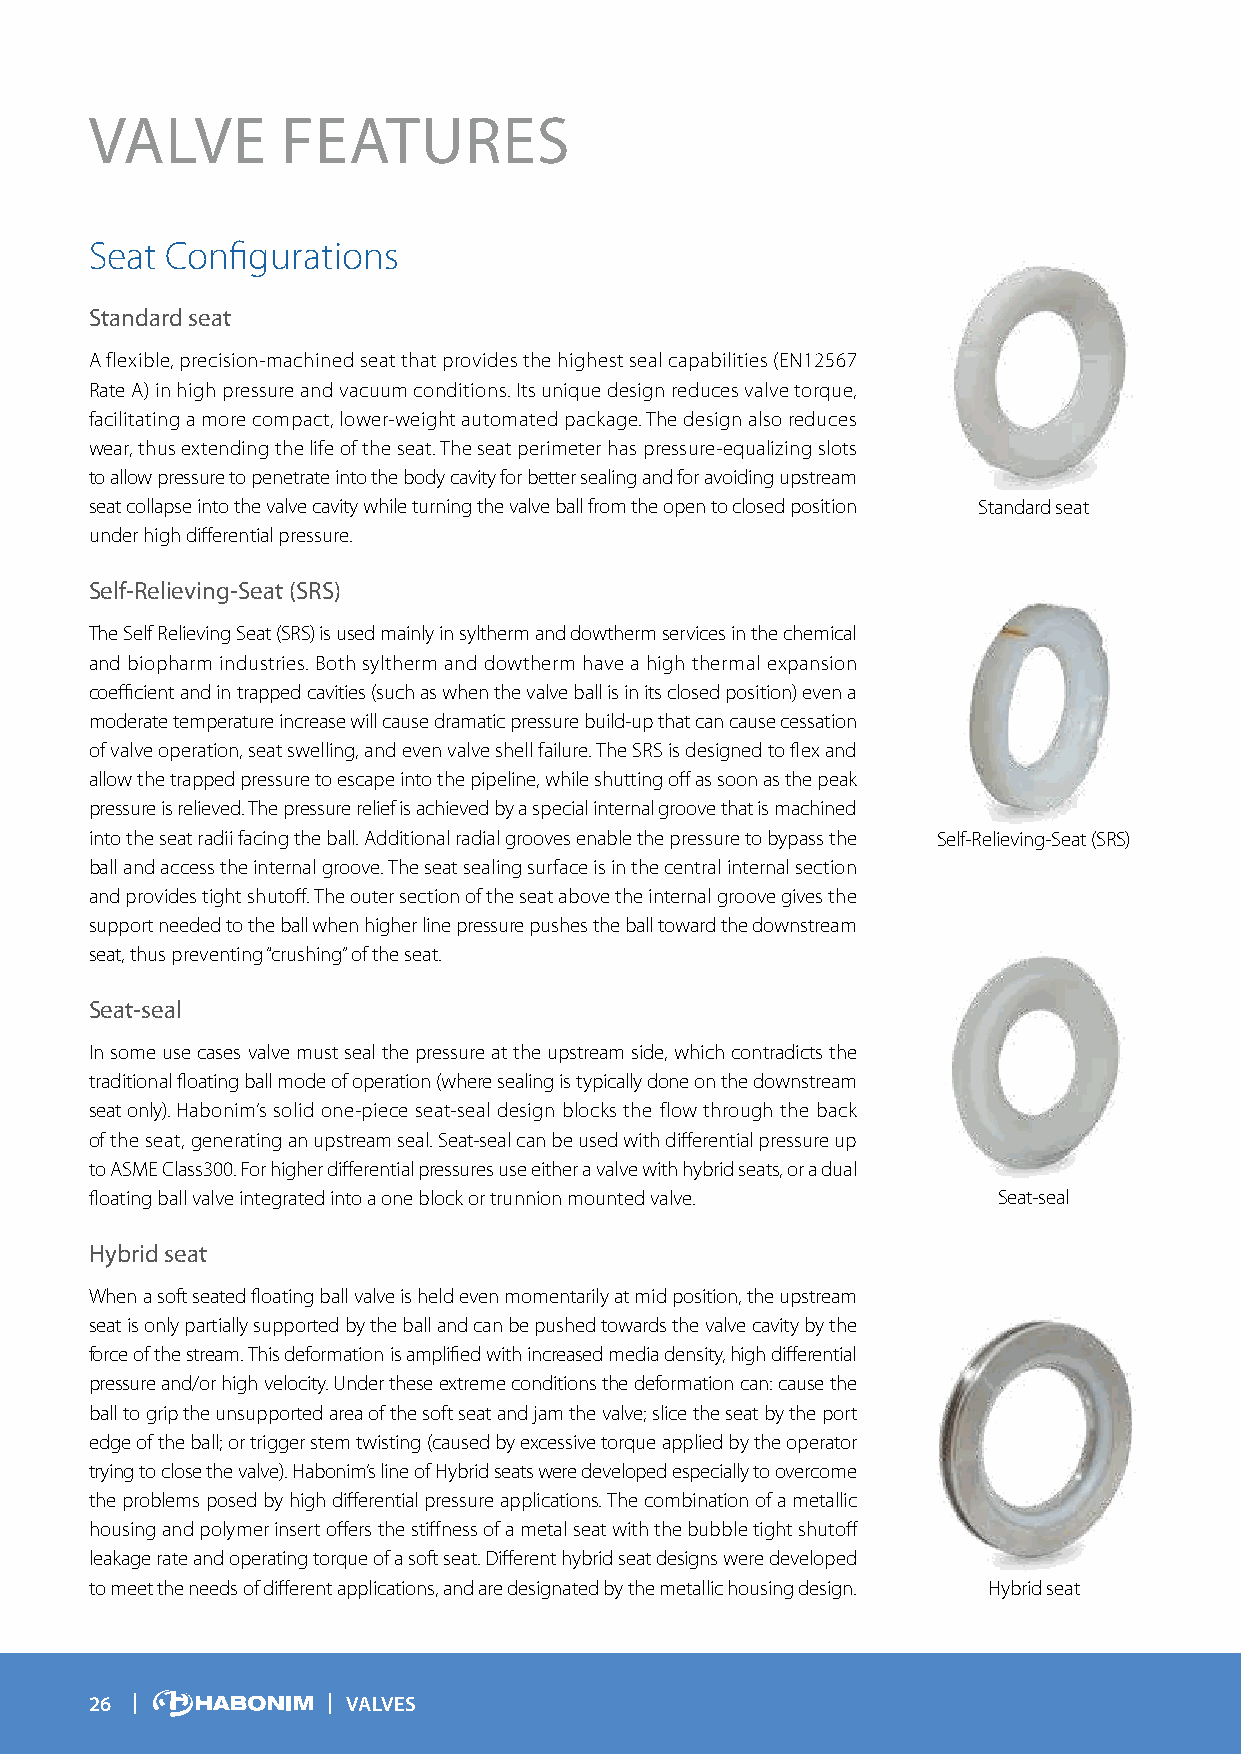
VALVE        FEATURES
 Seat Configurations
 Standard seat
 A flexible, precision-machined seat that provides the highest seal capabilities (EN12567
 Rate A) in high pressure and vacuum conditions. Its unique design reduces valve torque,
 facilitating a more compact, lower-weight automated package. The design also reduces
 wear, thus extending the life of the seat. The seat perimeter has pressure-equalizing slots
 to allow pressure to penetrate into the body cavity for better sealing and for avoiding upstream
 seat collapse into the valve cavity while turning the valve ball from the open to closed position Standard seat
 under high differential pressure.
 Self-Relieving-Seat (SRS)
 The Self Relieving Seat (SRS) is used mainly in syltherm and dowtherm services in the chemical
 and biopharm industries. Both syltherm and dowtherm have a high thermal expansion
 coefficient and in trapped cavities (such as when the valve ball is in its closed position) even a
 moderate temperature increase will cause dramatic pressure build-up that can cause cessation
 of valve operation, seat swelling, and even valve shell failure. The SRS is designed to flex and
 allow the trapped pressure to escape into the pipeline, while shutting off as soon as the peak
 pressure is relieved. The pressure relief is achieved by a special internal groove that is machined
 into the seat radii facing the ball. Additional radial grooves enable the pressure to bypass the Self-Relieving-Seat (SRS)
 ball and access the internal groove. The seat sealing surface is in the central internal section
 and provides tight shutoff. The outer section of the seat above the internal groove gives the
 support needed to the ball when higher line pressure pushes the ball toward the downstream
 seat, thus preventing “crushing” of the seat.
 Seat-seal
 In some use cases valve must seal the pressure at the upstream side, which contradicts the
 traditional floating ball mode of operation (where sealing is typically done on the downstream
 seat only). Habonim’s solid one-piece seat-seal design blocks the flow through the back
 of the seat, generating an upstream seal. Seat-seal can be used with differential pressure up
 to ASME Class300. For higher differential pressures use either a valve with hybrid seats, or a dual
 floating ball valve integrated into a one block or trunnion mounted valve. Seat-seal
 Hybrid seat
 When a soft seated floating ball valve is held even momentarily at mid position, the upstream
 seat is only partially supported by the ball and can be pushed towards the valve cavity by the
 force of the stream. This deformation is amplified with increased media density, high differential
 pressure and/or high velocity. Under these extreme conditions the deformation can: cause the
 ball to grip the unsupported area of the soft seat and jam the valve; slice the seat by the port
 edge of the ball; or trigger stem twisting (caused by excessive torque applied by the operator
 trying to close the valve). Habonim’s line of Hybrid seats were developed especially to overcome
 the problems posed by high differential pressure applications. The combination of a metallic
 housing and polymer insert offers the stiffness of a metal seat with the bubble tight shutoff
 leakage rate and operating torque of a soft seat. Different hybrid seat designs were developed
 to meet the needs of different applications, and are designated by the metallic housing design. Hybrid seat
 26               VALVES